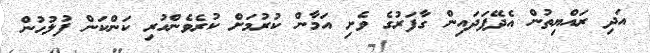
އަދި ރައްޔިތުން އެދޭފަދައިން ގާފަރުގެ ވެށި އަމާން ކުރުމަށް ކުރެވެންހުރި ކަންކަން ފުލުހުން